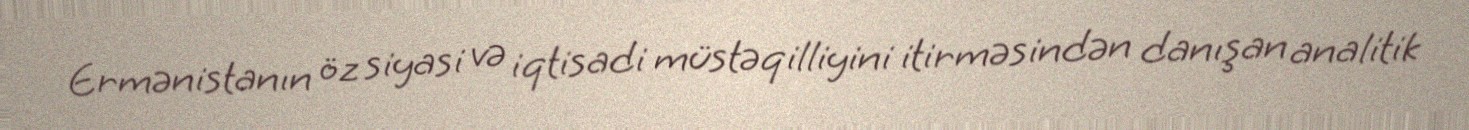
Ermənistanın öz siyasi və iqtisadi müstəqilliyini itirməsindən danışan analitik